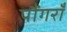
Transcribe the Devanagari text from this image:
पौंगराँ